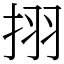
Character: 挧